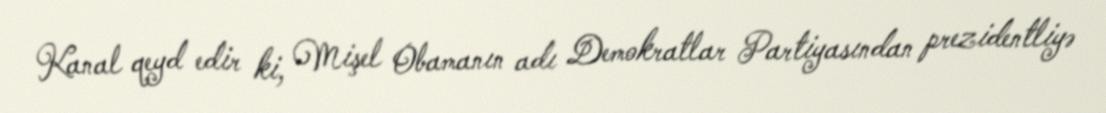
Kanal qeyd edir ki, Mişel Obamanın adı Demokratlar Partiyasından prezidentliyə